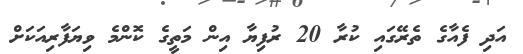
އަދި ފެއާގެ ތެރޭގައި ކުރާ 20 ރުފިޔާ އިން މަތީގެ ކޮންމެ ވިޔަފާރިއަކަށް